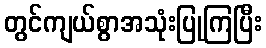
တွင်ကျယ်စွာအသုံးပြုကြပြီး